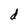
Character: d